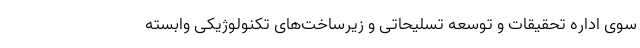
سوی اداره تحقیقات و توسعه تسلیحاتی و زیرساخت‌های تکنولوژیکی وابسته